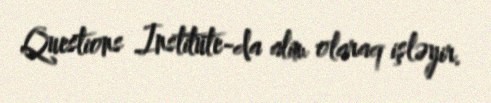
Questions Institute-da alim olaraq işləyir.